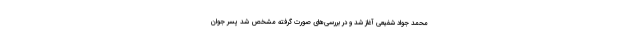
محمد جواد شفیعی آغاز شد و در بررسی‌های صورت گرفته مشخص شد پسر جوان